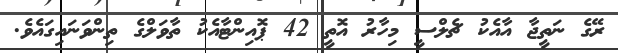
ރޭގެ ނަތީޖާ އާއެކު ޗެލްސީ މިހާރު އޮތީ 42 ޕޮއިންޓާއެކު ތާވަލްގެ ތިންވަނައިގައެވެ.